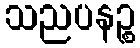
သညပနဉ္စ